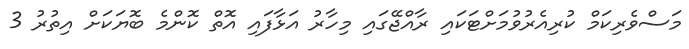
މަސްވެރިކަމް ކުރިއެރުވުމަށްޓަކައި ރާއްޖޭގައި މިހާރު އަޅާފައި އޮތް ކޮންމެ ބޮޔަކަށް އިތުރު 3